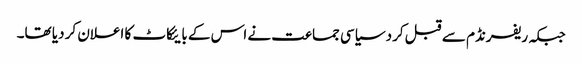
جبکہ ریفرنڈم سے قبل کرد سیاسی جماعت نے اس کے بایئکاٹ کا اعلان کر دیا تھا۔